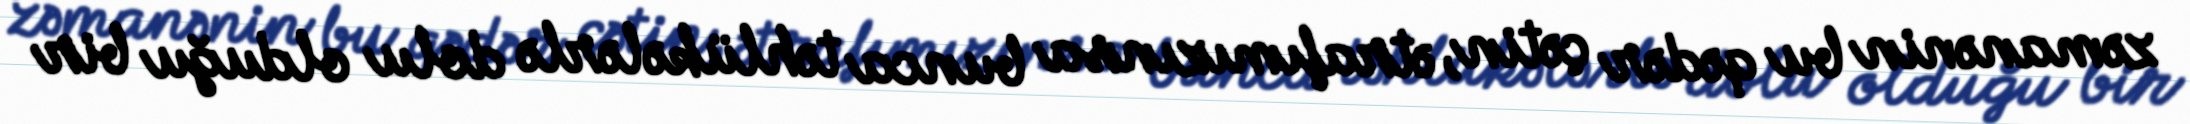
zəmanənin bu qədər çətin, ətrafımızınsa bunca təhlükələrlə dolu olduğu bir